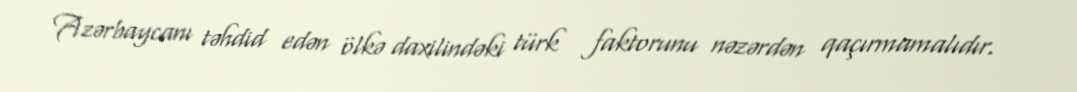
Azərbaycanı təhdid edən ölkə daxilindəki türk faktorunu nəzərdən qaçırmamalıdır.